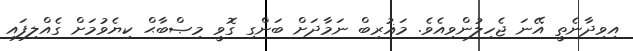
އިވިދާނެތީ އޭނަ ޖެހިލުންވިއެވެ. މަޣުރިބް ނަމާދަށް ބަންގި ގޮވީ މިޞްބާޙް ކިޔެވުމަށް ގެއްލިފައި